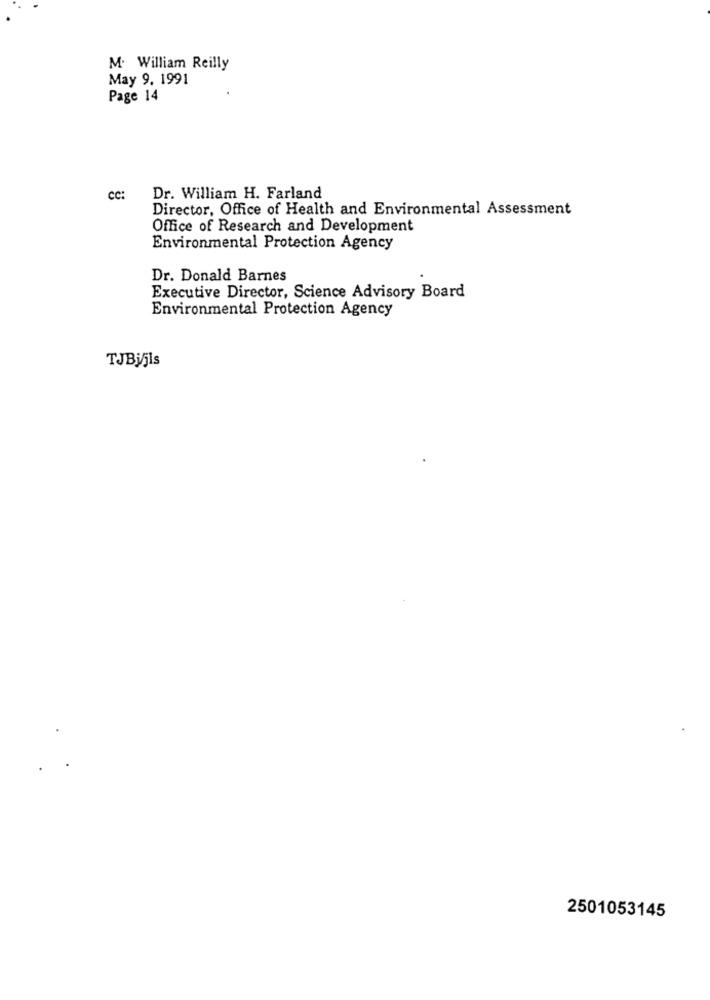
M. William Reilly
May 9. 1991
Page 14
CC:
Dr. William H. Farland
Director, Office of Health and Environmental Assessment
Office of Research and Development
Environmental Protection Agency
Dr. Donald Barnes
Executive Director, Science Advisory Board
Environmental Protection Agency
TJBijis
2501053145